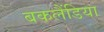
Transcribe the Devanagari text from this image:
बकलैंडिया